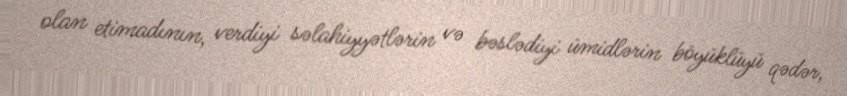
olan etimadının, verdiyi səlahiyyətlərin və bəslədiyi ümidlərin böyüklüyü qədər,